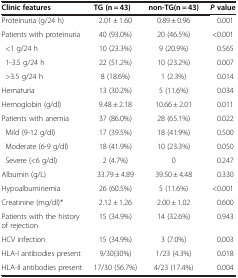
<table><thead><tr><td><b>Clinic features</b></td><td><b>TG (n = 43)</b></td><td><b>non-TG(n = 43)</b></td><td><b><i>P </i>value</b></td></tr></thead><tbody><tr><td>Proteinuria (g/24 h)</td><td>2.01 ± 1.60</td><td>0.89 ± 0.96</td><td>0.001</td></tr><tr><td>Patients with proteinuria</td><td>40 (93.0%)</td><td>20 (46.5%)</td><td>&lt;0.001</td></tr><tr><td> &lt;1 g/24 h</td><td>10 (23.3%)</td><td>9 (20.9%)</td><td>0.565</td></tr><tr><td> 1-3.5 g/24 h</td><td>22 (51.2%)</td><td>10 (23.2%)</td><td>0.007</td></tr><tr><td> &gt;3.5 g/24 h</td><td>8 (18.6%)</td><td>1 (2.3%)</td><td>0.014</td></tr><tr><td>Hematuria</td><td>13 (30.2%)</td><td>5 (11.6%)</td><td>0.034</td></tr><tr><td>Hemoglobin (g/dl)</td><td>9.48 ± 2.18</td><td>10.66 ± 2.01</td><td>0.011</td></tr><tr><td>Patients with anemia</td><td>37 (86.0%)</td><td>28 (65.1%)</td><td>0.022</td></tr><tr><td> Mild (9-12 g/dl)</td><td>17 (39.5%)</td><td>18 (41.9%)</td><td>0.500</td></tr><tr><td> Moderate (6-9 g/dl)</td><td>18 (41.9%)</td><td>10 (23.3%)</td><td>0.050</td></tr><tr><td> Severe (&lt;6 g/dl)</td><td>2 (4.7%)</td><td>0</td><td>0.247</td></tr><tr><td>Albumin (g/L)</td><td>33.79 ± 4.89</td><td>39.50 ± 4.48</td><td>0.330</td></tr><tr><td>Hypoalbuminemia</td><td>26 (60.5%)</td><td>5 (11.6%)</td><td>&lt;0.001</td></tr><tr><td>Creatinine (mg/dl)*</td><td>2.12 ± 1.26</td><td>2.00 ± 1.02</td><td>0.600</td></tr><tr><td>Patients with the history of rejection</td><td>15 (34.9%)</td><td>14 (32.6%)</td><td>0.943</td></tr><tr><td>HCV infection</td><td>15 (34.9%)</td><td>3 (7.0%)</td><td>0.003</td></tr><tr><td>HLA-I antibodies present</td><td>9/30(30%)</td><td>1/23 (4.3%)</td><td>0.018</td></tr><tr><td>HLA-II antibodies present</td><td>17/30 (56.7%)</td><td>4/23 (17.4%)</td><td>0.004</td></tr></tbody></table>